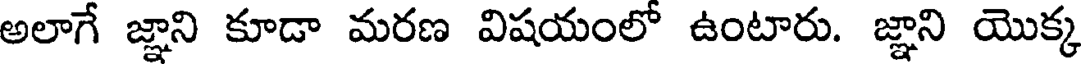
అలాగే జ్ఞాని కూడా మరణ విషయంలో ఉంటారు. జ్ఞాని యొక్క